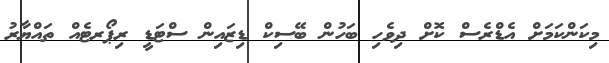
މިކަންކަމަށް އެޑްރެސް ކޮށް ދިވެހި ބަހުން ބޭސިކް ޑިޒައިން ސްޓަޑީ ރިޕޯރޓެއް ތައްޔާރު